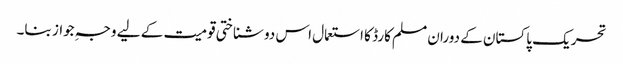
تحریک پاکستان کے دوران مسلم کارڈ کا استعمال اس دو شناختی قومیت کے لیے وجہِ جواز بنا۔